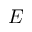
\boldsymbol E